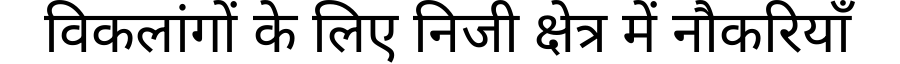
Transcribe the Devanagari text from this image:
विकलांगों के लिए निजी क्षेत्र में नौकरियाँ